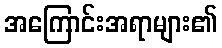
အကြောင်းအရာများ၏